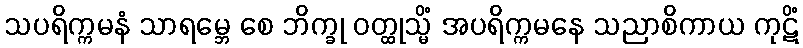
သပရိက္ကမနံ သာရမ္ဘေ စေ ဘိက္ခု ဝတ္ထုသ္မိံ အပရိက္ကမနေ သညာစိကာယ ကုဋိံ